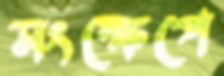
সংক্ষেপে